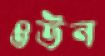
ওউন